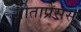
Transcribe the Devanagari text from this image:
गीताप्रेससे